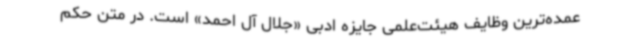
عمده‌ترین وظایف هیئت‌علمی جایزه ادبی «جلال آل احمد» است. در متن حکم